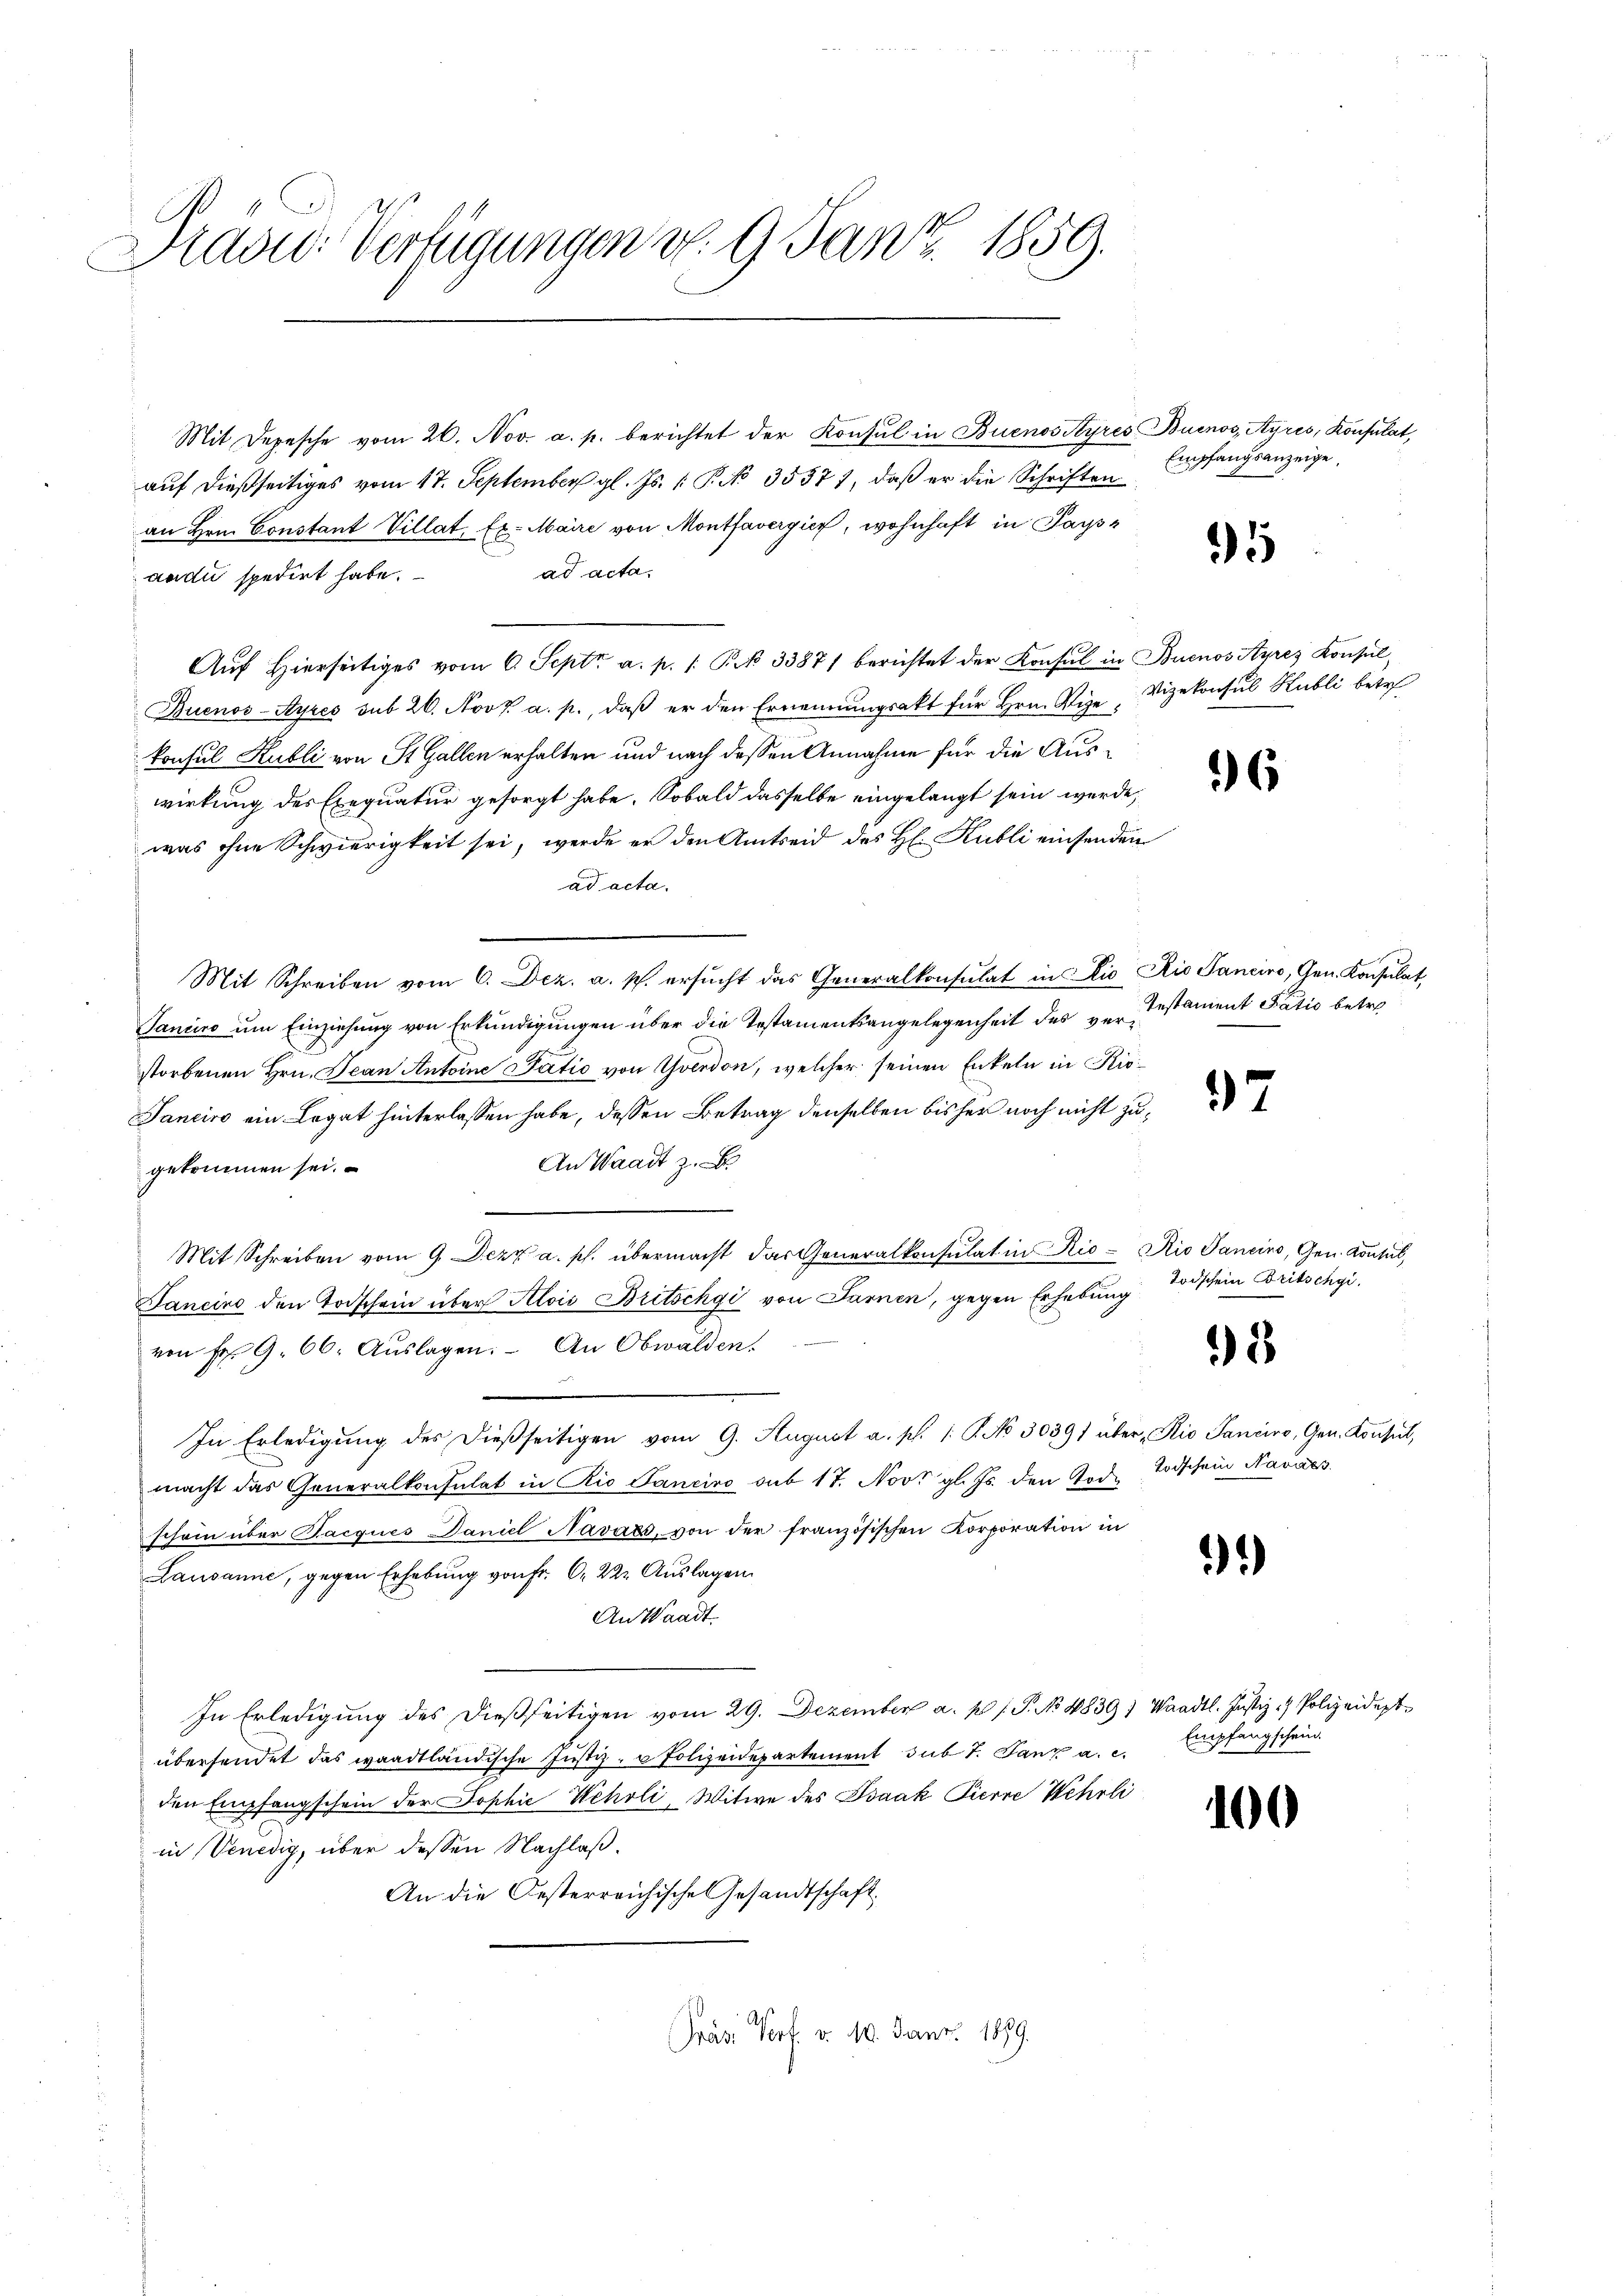
Hradid: Verfügungen v. 9. Jan. 1859.

Mit Depesche vom 26. Nov. a. p. berichtet der Konsul in Buenos Ayres Buenos Ayres, Konsulat,
auf dießseitiges vom 17. September gl. Js. [ P. No 35371, daß er die Schriften
an Hrn. Constant Villat, Ex. Maire von Montavergien, wohnhaft in Papp
ad acta,
andi spedirt habe.
Aŭf Hierseitiges vom 6. Sept. a. p. 1 Pk 3387/ berichtet der Konsul in Buenos Ayres Konsul¬
Buenos-Ayres sub 26. Nov. a. p., daß er den Ernennungsakt für Hrn. Vize, Vizekonsul Hubli betr.
konsul Kubli von St. Gallen erhalten und nach dessen Annahme für die Auswirkung des Exequatur gesorgt habe. Sobald dasselbe eingelangt sein werde,
was ohne Schwierigkeit sei, werde er den Amtseid des H. Kubli einsenden
ad acta.
Mit Schreiben vom 6. Dez. a. p. ersŭcht das Generalkonsulat in Alio Rio Sanciro, Gen. Konsulat,
Tanuire um Einziehung von Erkundigungen über die Testamentsangelegenheit des verstament Patio betrestorbenen Hrn. Jean Antoine Tatio von Yverdon, welcher seinen Enkeln in Rio¬
Janeiro ein Legat hinterlassen habe, dessen Betrag denselben bisher noch nicht zu¬
An Waadt z.
gekommen sei.
Mit Schreiben vom 9. Dezz a. p. übermacht das Generalkonsulat in Rio-Rio Sancirs, Gen. Kontal,
Gancino den Todschein über Alois Britschgi von Farnen, gegen Erhebung
von Fr. 9. 66. Aŭslagen: An Obwalden.
In Erledigŭng des dießseitigen vom 9. August a. p. 1. P. No 3039 über, Rio Sanciro, Gen. Konsul,
macht das Generalkonsulat in Rio Sanciro sub 17. Nov. gl. Js. den Tod. Todschein Navács
schein über Facques Daniel Navars, von der französischen Korporation in
Lausanne, gegen Erhebung von Fr. 6. 222 Auslagen
An Waadt.
In Erledigŭng des dießseitigen vom 29. Dezember a. p. 1. P. No 4839) Waadt. Justiz- & Polizeidept
übersendet das waadtländische Justiz- u Polizeidepartement sub 1. Janz a. c. Empfangschein.
den Empfangschein der Sophie Scholi, Witwe des Isaak Tierne Wehrli
in Venedig, über dessen Nachlaß.
An die Oesterreichische Gesandtschaft
Präsi Porf. v. 10. Janr. 1889.

Empfangsanzeige.

1

6

7

Todschein Britschgi

3

)

100